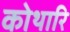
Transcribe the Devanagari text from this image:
कोथारि